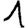
Digit: 1